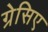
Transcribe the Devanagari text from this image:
ग्रेसिए